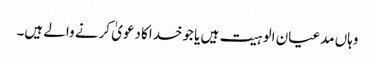
وہاں مدعیان الوہیت ہیں یا جوخداکا دعویٰ کرنے والے ہیں۔